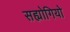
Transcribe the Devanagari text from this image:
सह्योगियो